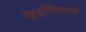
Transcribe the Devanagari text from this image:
सुपूजिताय